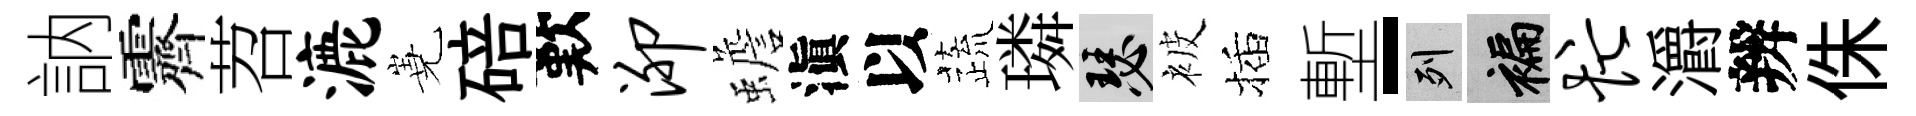
訥霽苕漉嶤碚歎泖蟾滇以蔬璘瑟被插塹-列褊忙灂辨侏